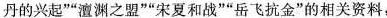
丹的兴起””澶渊之盟””宋夏和战””岳飞抗金”的相关资料，